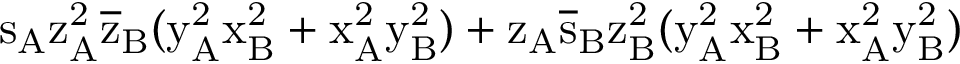
\mathrm { s _ { A } \mathrm { z _ { A } ^ { 2 } \mathrm { \overline { { z } } _ { B } ( \mathrm { y _ { A } ^ { 2 } \mathrm { x _ { B } ^ { 2 } + \mathrm { x _ { A } ^ { 2 } \mathrm { y _ { B } ^ { 2 } ) + \mathrm { z _ { A } \mathrm { \overline { { s } } _ { B } \mathrm { z _ { B } ^ { 2 } ( \mathrm { y _ { A } ^ { 2 } \mathrm { x _ { B } ^ { 2 } + \mathrm { x _ { A } ^ { 2 } \mathrm { y _ { B } ^ { 2 } ) } } } } } } } } } } } } } }